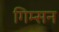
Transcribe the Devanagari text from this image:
गिम्सन